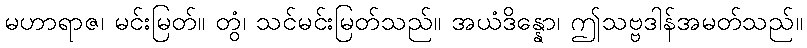
မဟာရာဇ၊ မင်းမြတ်။ တွံ၊ သင်မင်းမြတ်သည်။ အယံဒိန္နော၊ ဤသဗ္ဗဒါန်အမတ်သည်။